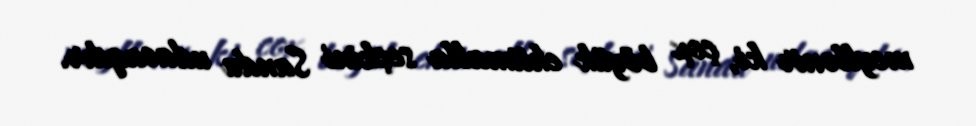
meyllənir ki, çox böyük ehtimalla seçkini Sandu udacaqdır.